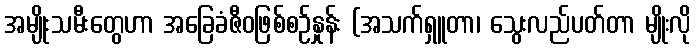
အမျိုးသမီးတွေဟာ အခြေခံဇီဝဖြစ်စဉ်နှုန်း (အသက်ရှူတာ၊ သွေးလည်ပတ်တာ မျိုးလို